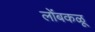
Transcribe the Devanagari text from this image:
लोंबकळू